system: You are a helpful assistant.
user:
Analyze the provided spectrum to determine if it is a **Carbon Star (C-type)**.

- **Key Visual Indicators of Carbon Star:**
    - **(Primary):** Strong molecular absorption from **C₂ (diatomic carbon) "Swan Bands."** This is the **defining feature** of a carbon star.
        - **(Key Bandheads):** Sharp absorption edges are visible at approximately $5635$ Å, $5165$ Å (the strongest band), and $4737$ Å.
        - **(Line Profile):** Creates a distinct **"saw-tooth"** pattern. The key morphology is a sharp, steep bandhead on the **red (long-wavelength) side**, which then gradually tapers off (i.e., flux recovers) towards the **blue (short-wavelength) side**. *(This is the direct opposite of the TiO bands seen in M-type stars)*.

    - **(Secondary):** Intense **CN (cyanogen)** molecular absorption bands.
        - **(Key Bandheads):** Located in the blue and violet regions of the spectrum (e.g., near $4215$ Å and $3883$ Å).
        - **(Morphology):** These bands are extremely broad and act as a "blanket," absorbing the vast majority of blue and violet light. This creates a characteristic **"cliff"** or **"steep drop-off"** in the spectrum's flux at short wavelengths.

    - **(Key Confirmation):** Strong **CH absorption band (G-band)**.
        - **(Key Bandhead):** Located around $4300$ Å. The contribution from CH molecules to this band is exceptionally strong.

    - **(Overall Spectrum):**
        - The continuum is severely "chopped up" by these deep molecular bands, especially C₂, rather than appearing as a smooth curve.
        - Due to the heavy CN and C₂ absorption in the blue-green, the vast majority of the star's flux is concentrated in the red part of the spectrum, giving the star its characteristic deep red color.

Think first, call **spectral_visualization_tool** if needed to examine features in detail, then provide your final answer. Your response must adhere to the following strict rules:
1.  **Overall Structure:** Your response must follow the format `<think>...</think> <tool_call>...</tool_call> (if a tool is used) <answer>...</answer>`.
2.  **Tool Usage Constraint:** You may only make **one** tool call per turn.
3.  **Final Answer Format:** In the `<answer>` tag, your conclusion must be inside a `\boxed{}` command (e.g., `\boxed{YES}`), followed by your justification.

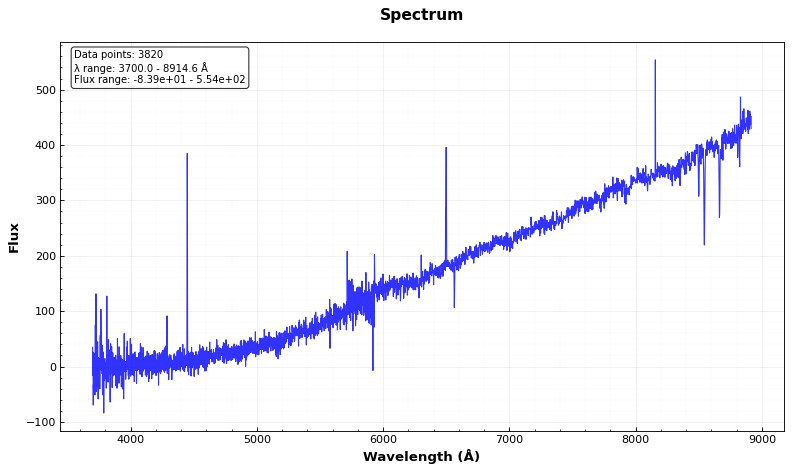
Answer: NO